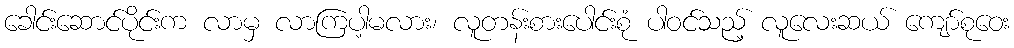
ခေါင်းဆောင်ပိုင်းက လာမှ လာကြပါ့မလား၊ လူတန်းစားပေါင်းစုံ ပါဝင်သည့် လူလေးဆယ် ကျော်စုဝေး